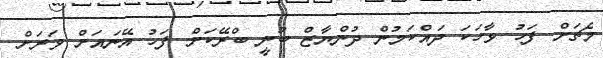
މެޗަށް ފަހު ވާހަކަ ދައްކަމުން ދުންޔާޒް ބުނީ ބްރޭކަށް ފަހު އޭނައަށް ވަރަށް